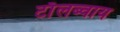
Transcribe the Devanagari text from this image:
टाॅलब्वाय